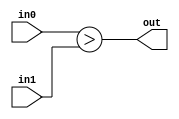
module comparator_higher(
    input [29:0] in0,
    input [29:0] in1,
    output out
    );
    
    assign out = in0 > in1;
    
endmodule